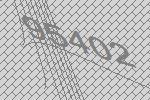
95402